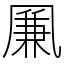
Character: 凲